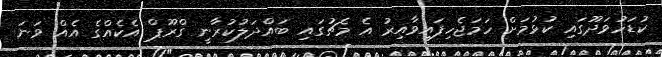
ކުޑަހުވަދޫގައި ކުޅުމަށް ހަމަޖެހިފައިވާއިރު އެ މެޗުގައި ބައްދަލުކުރާނީ ގްރޫޕް އެކެއްގެ އެއް ވަނަ